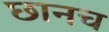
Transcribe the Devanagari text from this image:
छानच